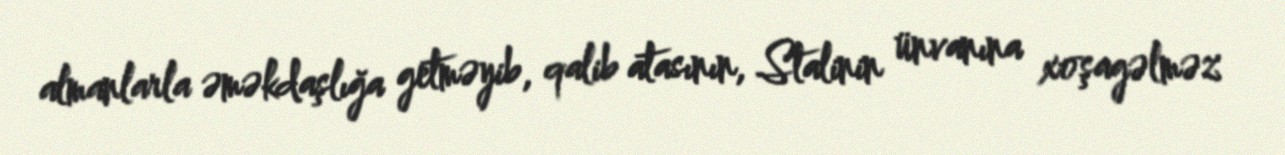
almanlarla əməkdaşlığa getməyib, qalib atasının, Stalinin ünvanına xoşagəlməz